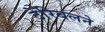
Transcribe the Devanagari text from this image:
टेरिबलने